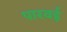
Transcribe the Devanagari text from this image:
पारवई